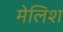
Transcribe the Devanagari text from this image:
मेलिश